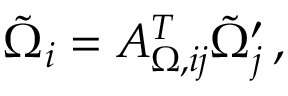
\tilde { \Omega } _ { i } = A _ { \Omega , i j } ^ { T } \tilde { \Omega } _ { j } ^ { \prime } \, ,